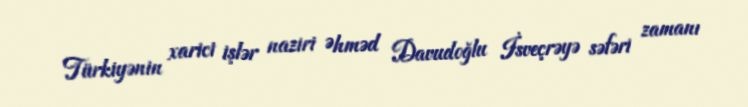
Türkiyənin xarici işlər naziri Əhməd Davudoğlu İsveçrəyə səfəri zamanı